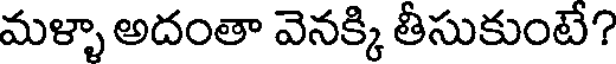
మళ్ళా అదంతా వెనక్కి తీసుకుంటే?